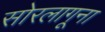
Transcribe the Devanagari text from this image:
सोरलागूना